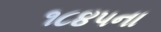
૧૮૪૫ના